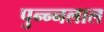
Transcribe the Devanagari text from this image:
पुन्न्नलाल